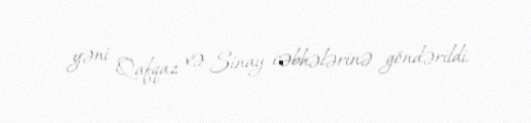
yəni Qafqaz və Sinay cəbhələrinə göndərildi.